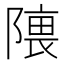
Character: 𱀰